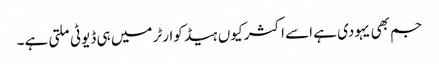
جم بھی یہودی ہے اسے اکثر کیوں ہیڈ کوارٹر میں ہی ڈیوٹی ملتی ہے۔